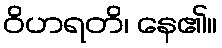
ဝိဟရတိ၊ နေ၏။